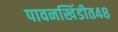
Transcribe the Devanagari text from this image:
पावनखिंडीत४८